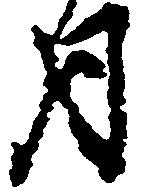
月